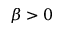
\beta > 0